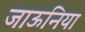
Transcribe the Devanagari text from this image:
जाऊनिया